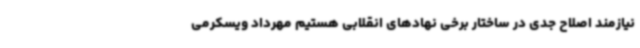
نیازمند اصلاح جدی در ساختار برخی نهادهای انقلابی هستیم مهرداد ویسکرمی